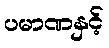
ပမာဏနှင့်